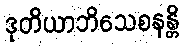
ဒုတိယာဘိသေစနန္တိ